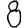
Digit: 8